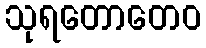
သုရတောတေဝ